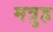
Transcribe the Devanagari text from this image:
मत्रुह